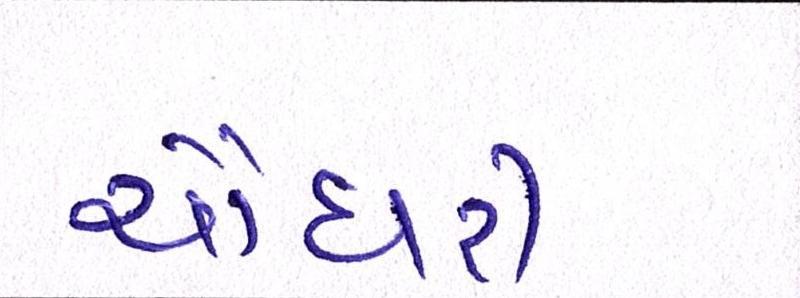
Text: ચૌધરી